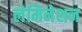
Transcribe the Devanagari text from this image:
लेमिनेशन